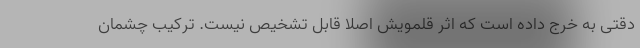
دقتی به خرج داده است که اثر قلمویش اصلا قابل تشخیص نیست. ترکیب چشمان